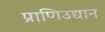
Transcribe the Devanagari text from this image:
प्राणिउद्यान